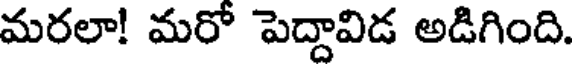
మరలా! మరో పెద్దావిడ అడిగింది.